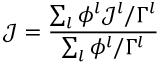
\mathcal { J } = \frac { \sum _ { l } \phi ^ { l } \mathcal { J } ^ { l } / \Gamma ^ { l } } { \sum _ { l } \phi ^ { l } / \Gamma ^ { l } }